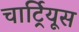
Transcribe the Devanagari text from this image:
चार्ट्रियूस